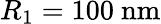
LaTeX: R_{1}=100\ \mathrm{nm}